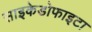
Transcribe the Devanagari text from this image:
साइकेडोफाइटा